NAE_ERA_R-1950_Eesti_Ajakirjanike_Liit, lk 57
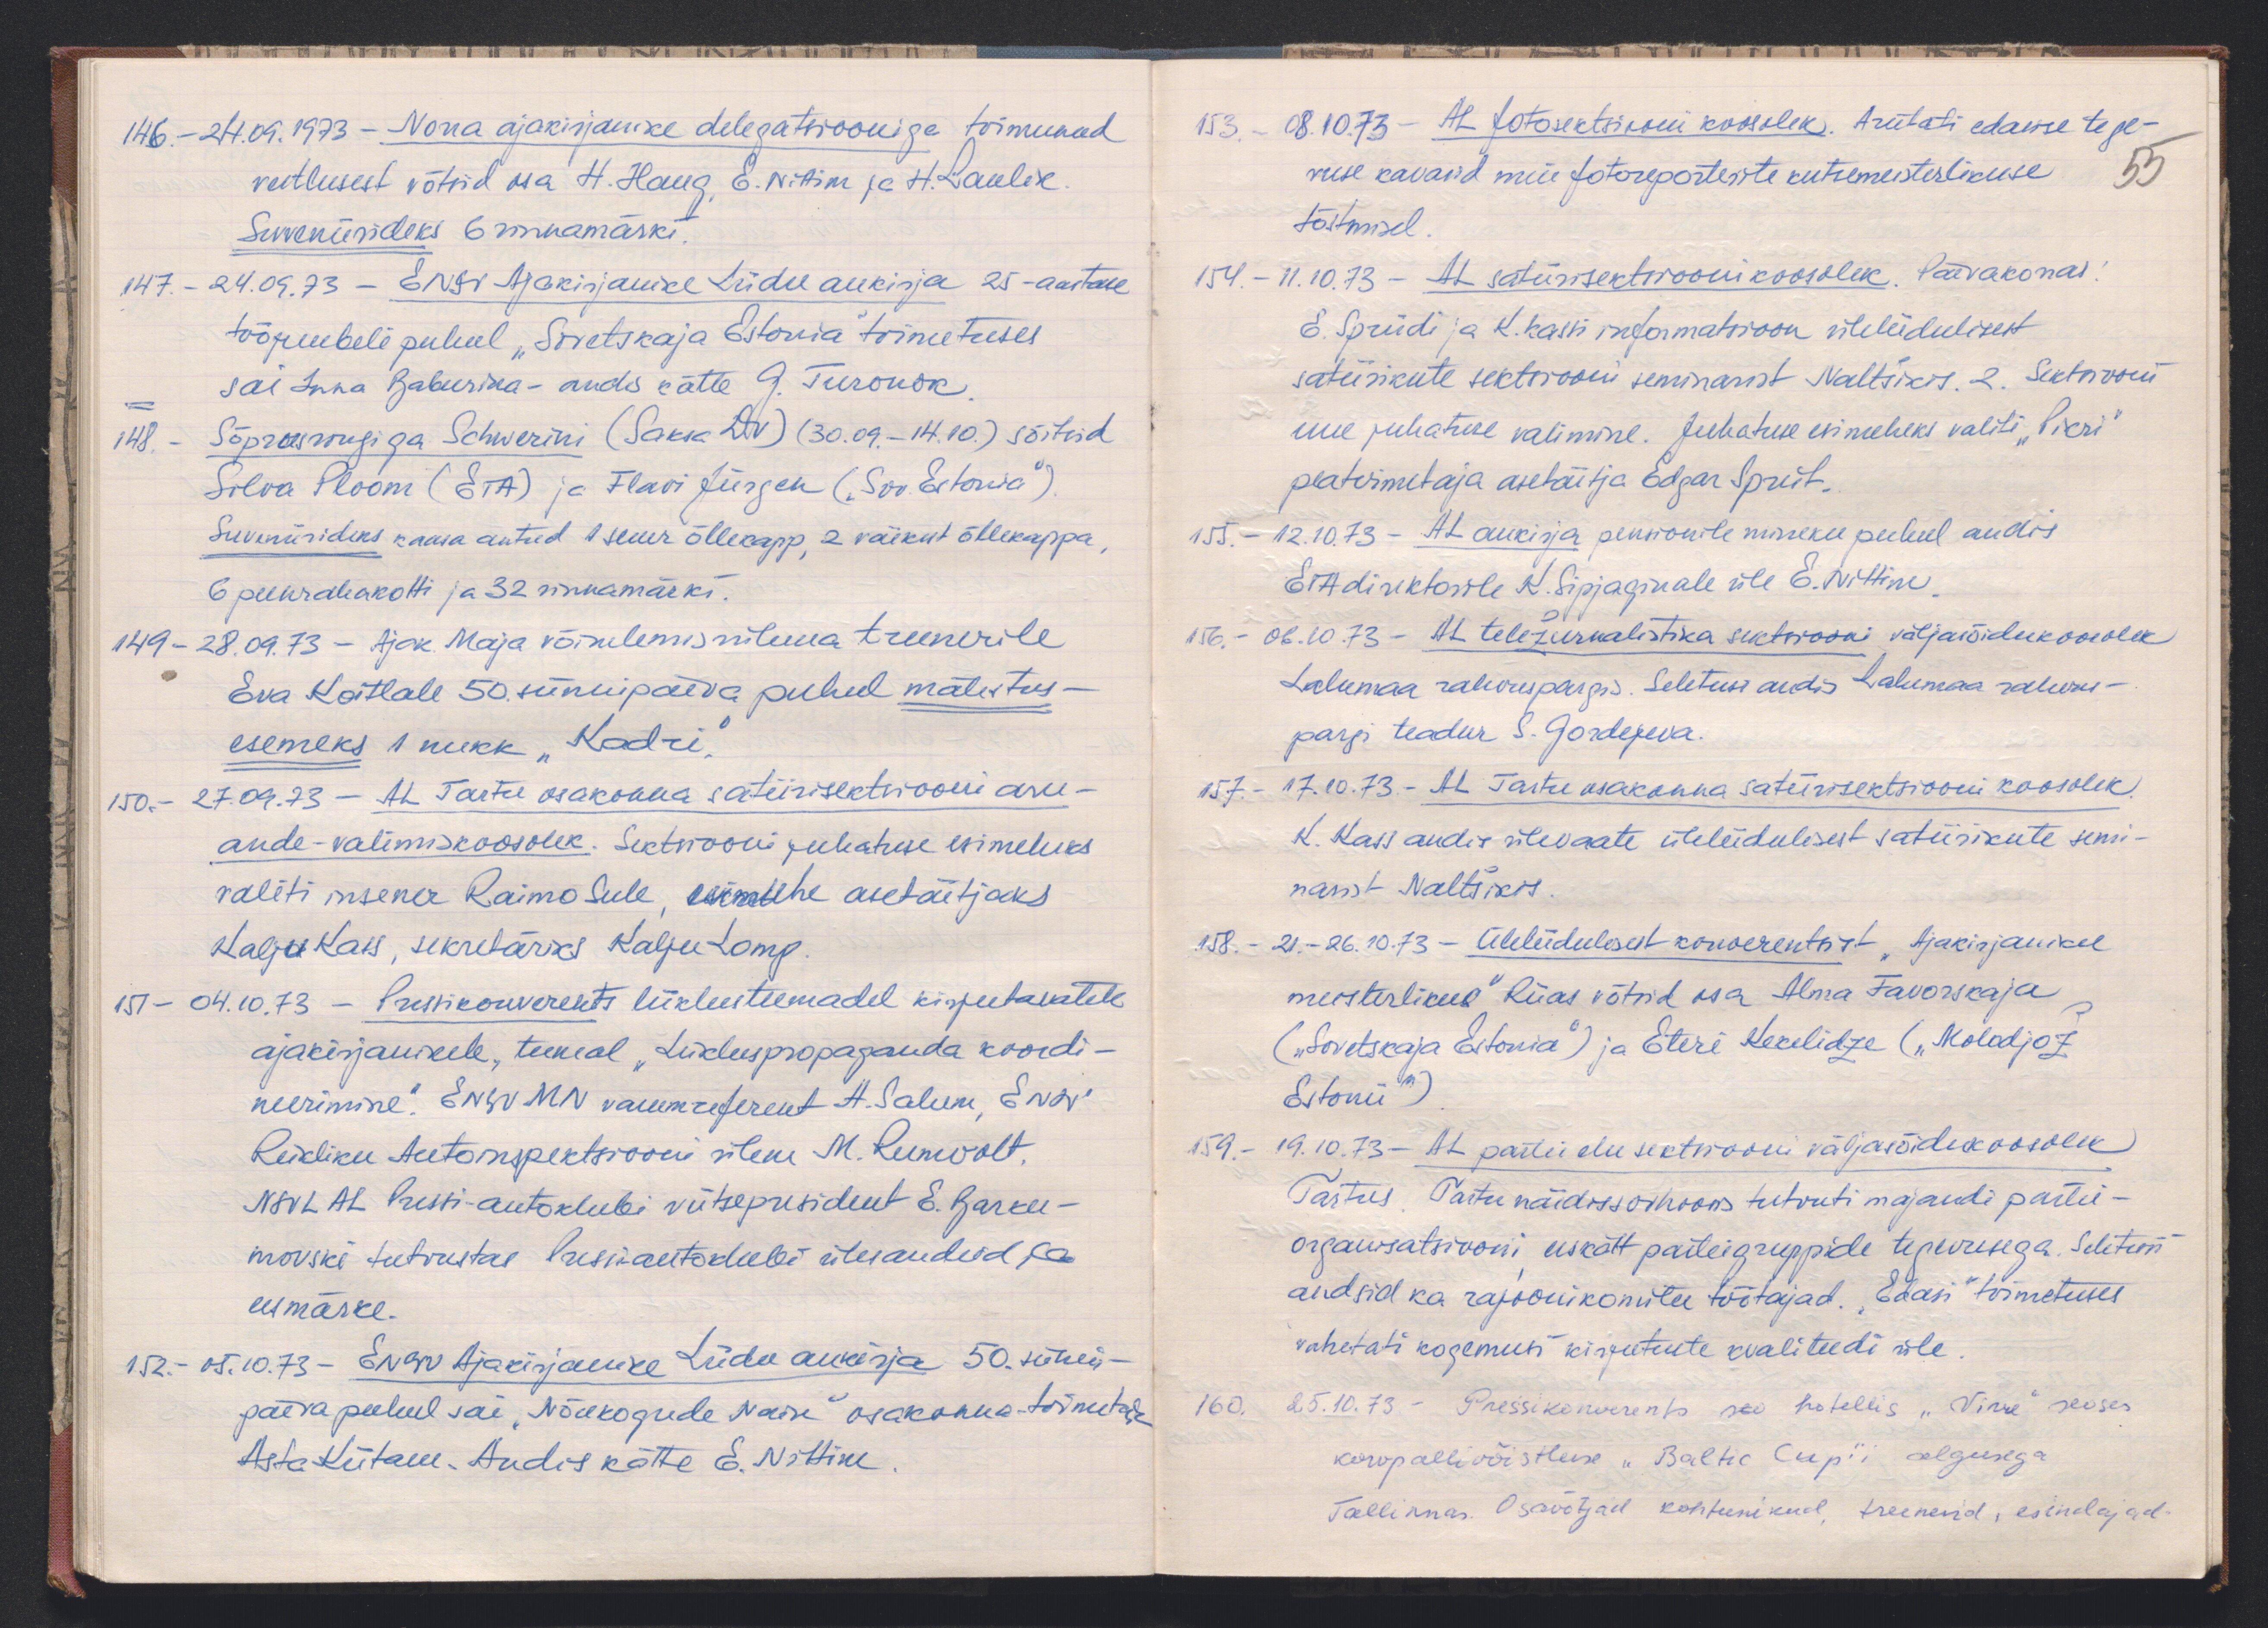
146. - 24.09.1973. Norra ajakirjanike delegatsiooniga toimunud
vestlusest võtsid osa H. Haug, E. Nittim ja H. Laulik.
Suveniiriideks 6 rinnamärki.
147. - 24.09.73 - ENSV Ajakirjanike Liidu aukirja 25-aastase
tööjuubeli puhul "Sovetskaja Estonia" toimetuses
sai Inna Baburina - andis kätte G. Turonok
148. - Sõprusrongiga Schwerini (Saksa DV) (30.09.-14.10.) sõitsid
Silva Ploom (ETA) ja Flavi Jürgen („Sov. Estonia")
Suveniirideks kaasa antud 1 suur õllekapp, 2 väikest õllekappa,
6 peenrahakotti ja 32 rinnamärki.
149 - 28.09.73 - Ajak Maja võimlemisrühma treenerile
Eva Koitlale 50 sünnipäeva puhul mälestus-
esemeks 1 nukk "Kadri"
150. - 27.09.73 - AL Tartu osakonna satiirisektsiooni aru-
ande-valimiskoosolek. Sektsiooni juhatuse esimeheks
valiti insener Raimo Sule, esimehe asetäitjaks
Kalju Kass, sekretäriks Kalju Lomp.
151 - 04.10.73 - Pressikonverents liiklusteemadel kirjutavatele
ajakirjanikele, teemal "Liikluspropaganda koordi-
neerimine". ENSV MN vanemreferent H. Salum, ENSV
Riikliku Autoinspektsiooni ülem M. Rumvolt,
NSVL AL Pressi-autoklubi viitsepresident E. Barku-
movski tutvustas Pressiautoklubi ülesandeid ja
eesmärke.
152 - 05.10.73 - ENSV Ajakirjanike Liidu aukirja 50. sünni-
päeva puhul sai "Nõukogude Naine" osakonna-toimetaja
Asta Kütam. Andis kätte E. Nittim

153. - 08.10.73 - AL fotosektsiooni koosolek. Arutati edasise tege-
vuse kavasid meie fotoreporterite kutsemeisterlikuse
55
tõstmisel.
154. - 11.10.73 - AL satiirisektsiooni koosolek. Päevakorras:
E. Spriidi ja K. Kassi informatsioon üleliidulisest
satiirikute sektsiooni seminarist Naltšikis. 2. Sektsiooni
uue juhatuse valimine. Juhatuse esimeheks valiti "Pikri"
peatoimetaja asetäitja Edgar Spriit.
155. - 12.10.73 - AL aukirja pensionile mineku puhul andis
ETA direktorile K. Sipjaginale üle E. Nittim.
176. - 06.1073 - AL teležurnalistika sektsiooni väljasõidukoosolek
Lahemaa rahvupargis. Seletusi andis Lahemaa rahvus-
pargi teadur S. Gordejeva.
15.7 - 17.10.73. AL Tartu osakonna satiirisektsiooni koosolek.
K. Kass andis ülevaate üleliidulisest satiirikute semi-
narist Naltšikis.
158. 21.-26.10.73 - Üleliidulisest konverentsist "Ajakirjaniku
meisterlikus" Riias võtsid osa Alma Favorskaja
("Sovetskaja Estonia") ja Eteri Kekelidze ("Molodjоž
Estonii")
159. - 19.10.73 - AL partei elu sektsiooni väljasõidukoosolek
Tartus. Tartu näidissovhoosis tutvuti majandi partei-
organistsiooni eeskätt parteigruppide tegevusega. Seletusi
andsid ka rajoonikomitee töötajad. "Edasi" toimetuses
vahetati kogemusi kirjutuste kvaliteedi üle
160. 25.10.73. - Pressikonverets seo hotellis "Viru" seoses
korvpallivõistluse "Baltic Cup"i algusega
Tallinnas. Osavõtjad kohtunikud, treenerid, esindajad